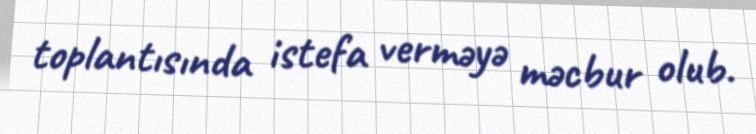
toplantısında istefa verməyə məcbur olub.